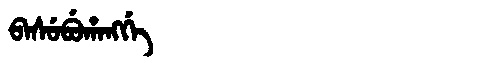
Manchu: ᠪᠠᠰᡠᠪᡠᡥᠠᠩᡤᡝ
Romanization: BASUBUHANGGE